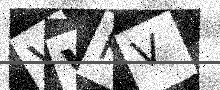
Text: VVKV